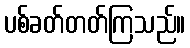
ပစ်ခတ်တတ်ကြသည်။